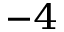
^ { - 4 }